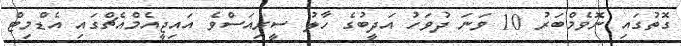
ގޮތުގައި ނޮވެމްބަރު 10 ވަނަ ދުވަހު އަދީބުގެ ހާލު ސީރިއަސްވެ އައިޖީއެމްއެޗްގައި އެޑްމިޓް